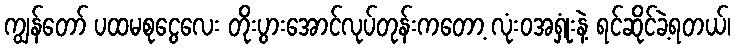
ကျွန်တော် ပထမစုငွေလေး တိုးပွားအောင်လုပ်တုန်းကတော့ လုံးဝအရှုံးနဲ့ ရင်ဆိုင်ခဲ့ရတယ်၊